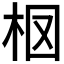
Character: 𣐏